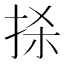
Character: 𢫬